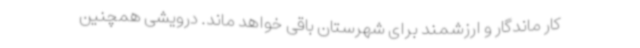
کار ماندگار و ارزشمند برای شهرستان باقی خواهد ماند. درویشی همچنین